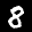
Label: 8